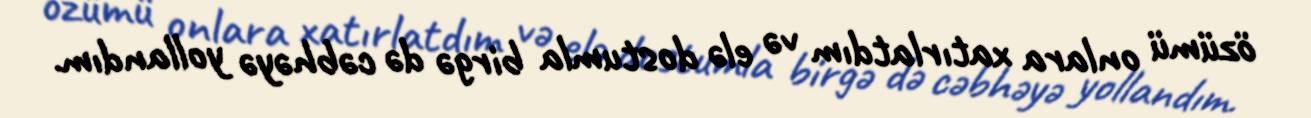
özümü onlara xatırlatdım və elə dostumla birgə də cəbhəyə yollandım.